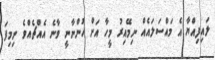
ލައިފިއްޔާ އެ މައްސަލައެއް ނިމޭއިރު މީހާ އަށް ހުންނާނީ ވާނެ އެއްޗެއްވެ ނިމިފަ